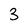
Character: 3